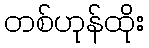
တစ်ဟုန်ထိုး